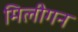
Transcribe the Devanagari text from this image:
मिलीगन